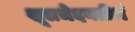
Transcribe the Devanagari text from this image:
शूलभेदनतीर्थ